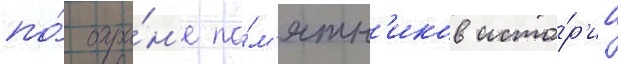
по́ охра́н'е па́м'ятн'иков исто́р'ии